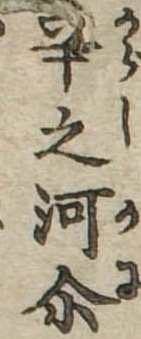
辛之河爾